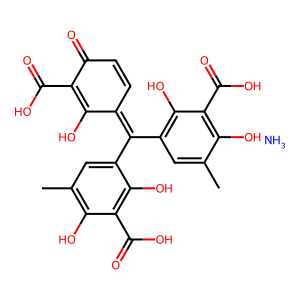
SMILES: Cc1cc(C(=C2C=CC(=O)C(C(=O)O)=C2O)c2cc(C)c(O)c(C(=O)O)c2O)c(O)c(C(=O)O)c1O.N
Inhibits HIV replication: Yes